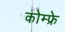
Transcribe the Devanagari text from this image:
कोम्फ्रे